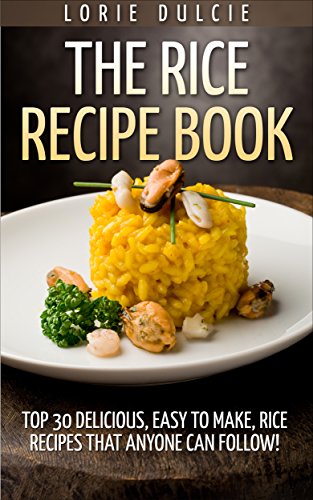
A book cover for The Rice Recipe Book: Top 30 Delicious, Easy to Make, Rice Recipes That Anyone Can Follow!; Lorie Dulcie; Cookbooks, Food & Wine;